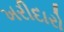
ખરીદારો